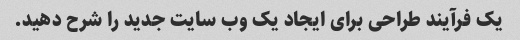
یک فرآیند طراحی برای ایجاد یک وب سایت جدید را شرح دهید.